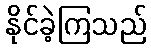
နိုင်ခဲ့ကြသည်